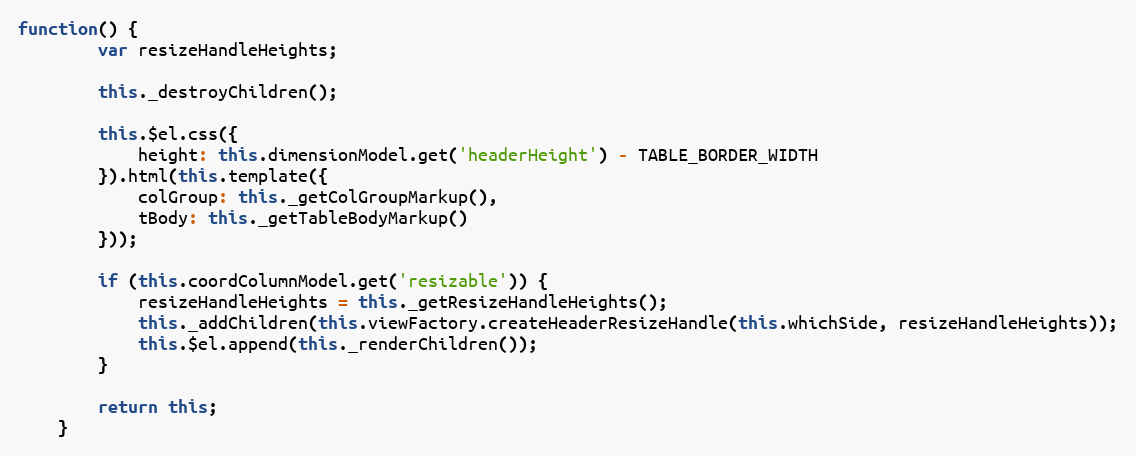
Language: JavaScript
function() {
        var resizeHandleHeights;

        this._destroyChildren();

        this.$el.css({
            height: this.dimensionModel.get('headerHeight') - TABLE_BORDER_WIDTH
        }).html(this.template({
            colGroup: this._getColGroupMarkup(),
            tBody: this._getTableBodyMarkup()
        }));

        if (this.coordColumnModel.get('resizable')) {
            resizeHandleHeights = this._getResizeHandleHeights();
            this._addChildren(this.viewFactory.createHeaderResizeHandle(this.whichSide, resizeHandleHeights));
            this.$el.append(this._renderChildren());
        }

        return this;
    }